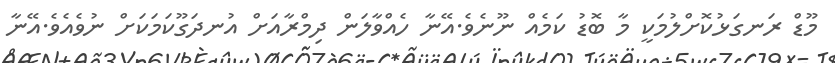
މޫޑް ރަނގަޅުކޮށްލުމަކީ މާ ބޮޑު ކަމެއް ނޫނެވެ.އޭނާ ހެއްވާލަން ދިމްރާއަށް އުނދަގޫކަމަކަށް ނުވެއެވެ.އޭނާ